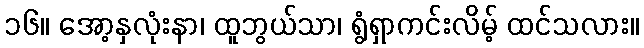
၁၆။ အော့နှလုံးနာ၊ ထူဘွယ်သာ၊ ရွံရှာကင်းလိမ့် ထင်သလား။